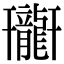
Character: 𪚟